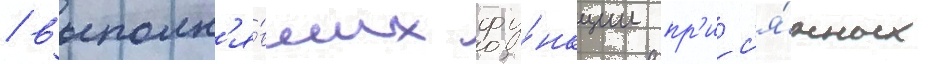
/ выполн'я́вших фу́нкции пр'ис'я́жных